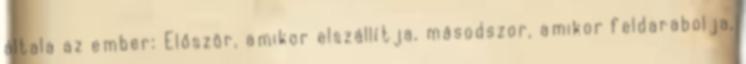
általa az ember: Először, amikor elszállítja, másodszor, amikor feldarabolja,